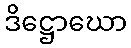
ဒိဋ္ဌောဃော